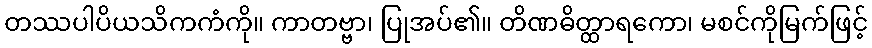
တဿပါပိယသိကကံကို။ ကာတဗ္ဗာ၊ ပြုအပ်၏။ တိဏဓိတ္ထာရကော၊ မစင်ကိုမြက်ဖြင့်